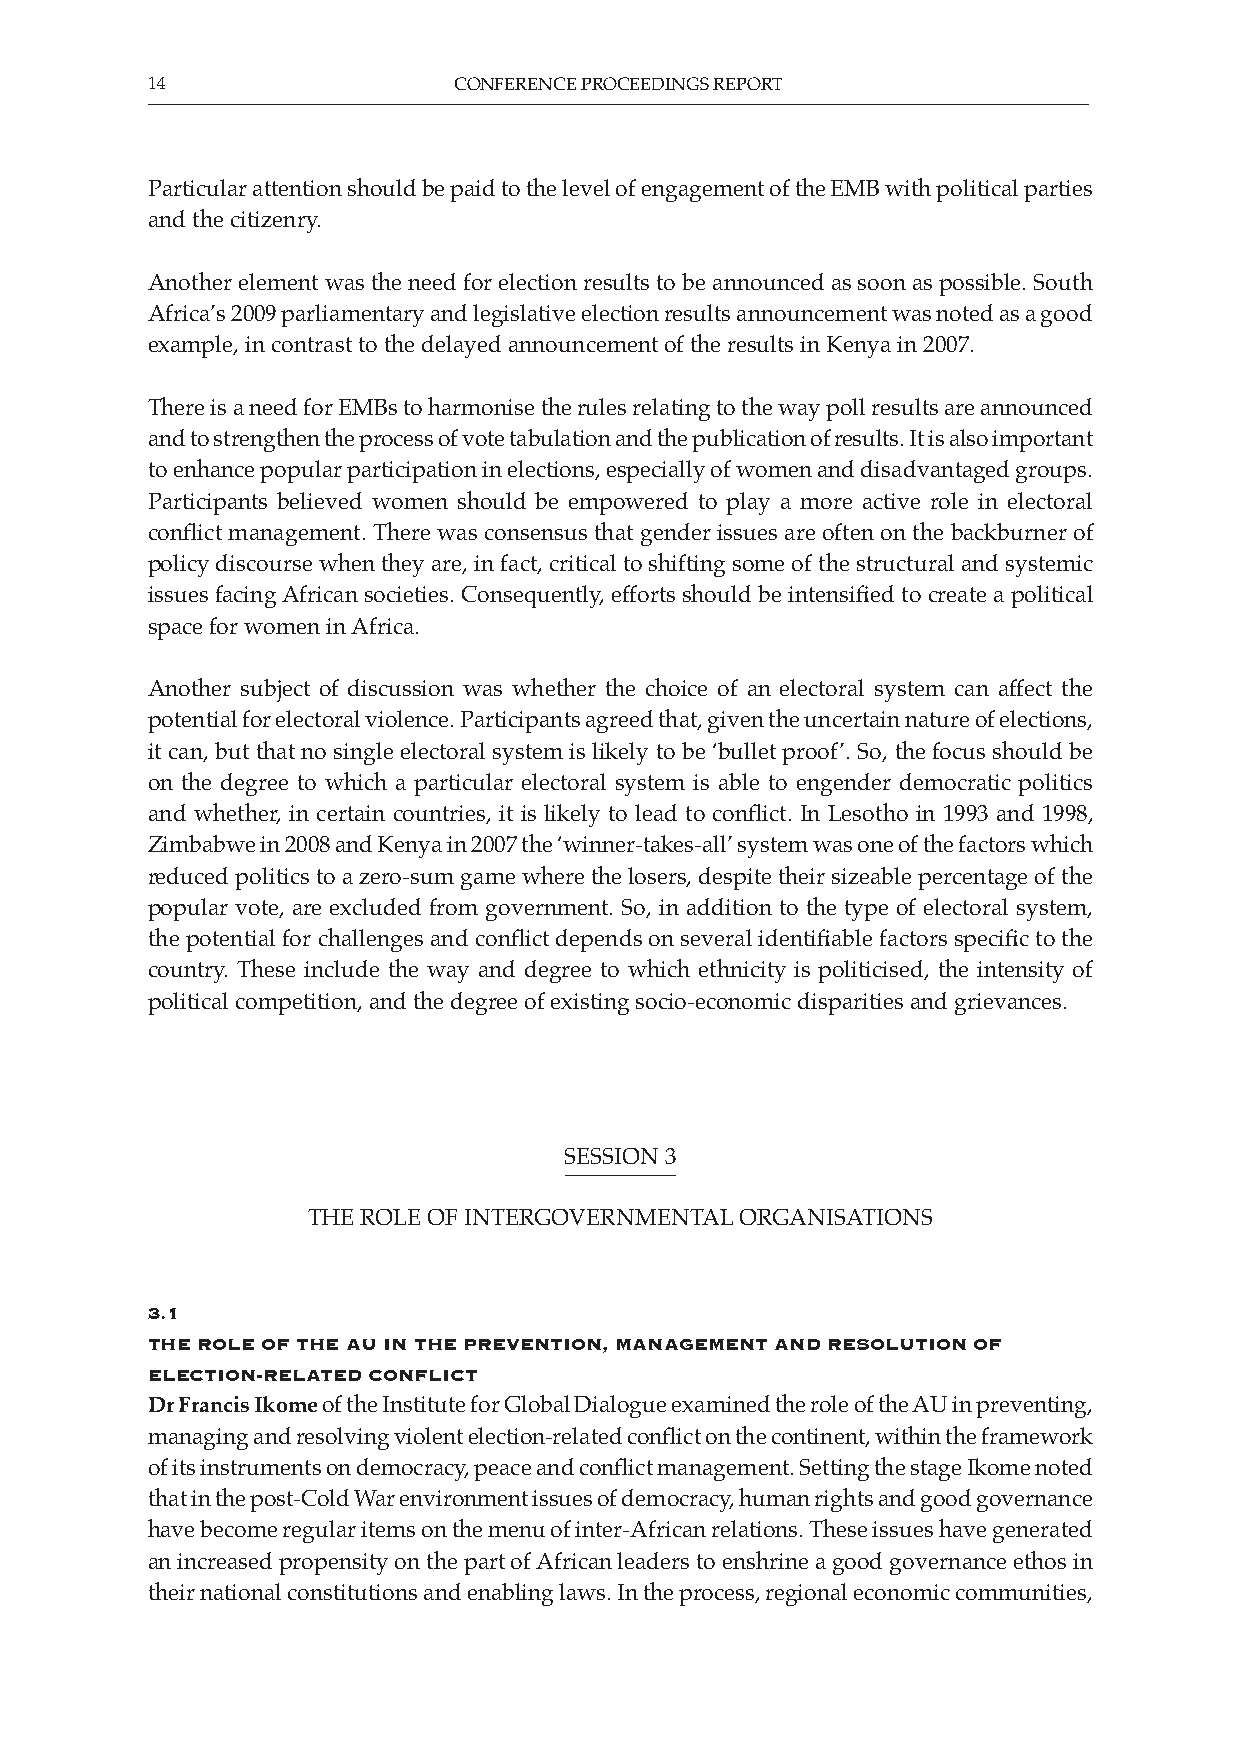
14                  CONFERENCE PROCEEDINGS REPORT
 Particular attention should be paid to the level of engagement of the EMB with political parties
 and the citizenry.
 Another element was the need for election results to be announced as soon as possible. South
 Africa’s 2009 parliamentary and legislative election results announcement was noted as a good
 example, in contrast to the delayed announcement of the results in Kenya in 2007.
 There is a need for EMBs to harmonise the rules relating to the way poll results are announced
 and to strengthen the process of vote tabulation and the publication of results. It is also important
 to enhance popular participation in elections, especially of women and disadvantaged groups.
 Participants believed women should be empowered to play a more active role in electoral
 conflict management. There was consensus that gender issues are often on the backburner of
 policy discourse when they are, in fact, critical to shifting some of the structural and systemic
 issues facing African societies. Consequently, efforts should be intensified to create a political
 space for women in Africa.
 Another subject of discussion was whether the choice of an electoral system can affect the
 potential for electoral violence. Participants agreed that, given the uncertain nature of elections,
 it can, but that no single electoral system is likely to be ‘bullet proof’. So, the focus should be
 on the degree to which a particular electoral system is able to engender democratic politics
 and whether, in certain countries, it is likely to lead to conflict. In Lesotho in 1993 and 1998,
 Zimbabwe in 2008 and Kenya in 2007 the ‘winner-takes-all’ system was one of the factors which
 reduced politics to a zero-sum game where the losers, despite their sizeable percentage of the
 popular vote, are excluded from government. So, in addition to the type of electoral system,
 the potential for challenges and conflict depends on several identifiable factors specific to the
 country. These include the way and degree to which ethnicity is politicised, the intensity of
 political competition, and the degree of existing socio-economic disparities and grievances.
 SESSION 3
 THE ROLE OF INTERGOVERNMENTAL ORGANISATIONS
 3.1
 the role of the au in the prevention, manaGement and resolution of
 eleCtion-related ConfliCt
 Dr Francis Ikome of the Institute for Global Dialogue examined the role of the AU in preventing,
 managing and resolving violent election-related conflict on the continent, within the framework
 of its instruments on democracy, peace and conflict management. Setting the stage Ikome noted
 that in the post-Cold War environment issues of democracy, human rights and good governance
 have become regular items on the menu of inter-African relations. These issues have generated
 an increased propensity on the part of African leaders to enshrine a good governance ethos in
 their national constitutions and enabling laws. In the process, regional economic communities,